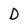
Character: D